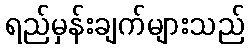
ရည်မှန်းချက်များသည်